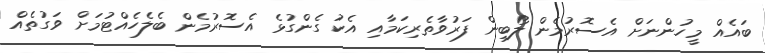
ބައެއް މީހުންނަށް އެސޮރުމެން ލޯބިން ފަރުވާތެރިކަމާއި އެކު ގެންގުޅެ އެސޮރުމެން ބެލެހެއްޓުމަށް ވަގުތެއް